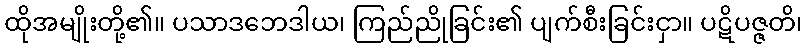
ထိုအမျိုးတို့၏။ ပသာဒဘေဒါယ၊ ကြည်ညိုခြင်း၏ ပျက်စီးခြင်းငှာ။ ပဋိပဇ္ဇတိ၊